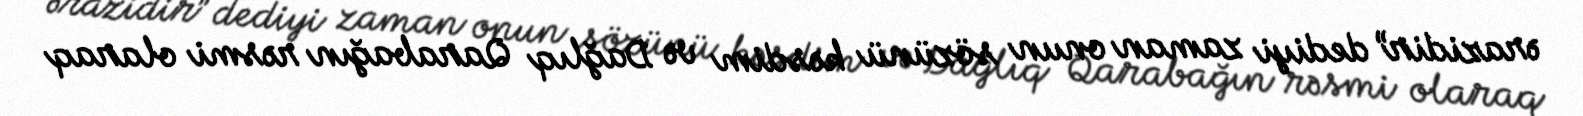
ərazidir” dediyi zaman onun sözünü kəsdim və Dağlıq Qarabağın rəsmi olaraq